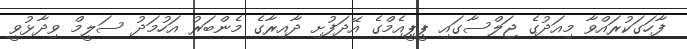
ފާހަގަކުރައްވާ މިއަދުގެ ޖަލްސާގައި ޕީޕީއެމްގެ އޭދަފުށި ދާއިރާގެ މެންބަރު އަހުމަދު ސަލީމް ވިދާޅުވީ